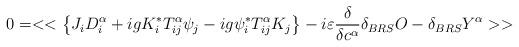
LaTeX: \begin{align*}0=<<\left\{ J_{i}D_{i}^{\alpha }+igK_{i}^{*}T^{\alpha }_{ij}\psi _{j}-ig\psi _{i}^{*}T^{\alpha }_{ij}K_{j}\right\} -i\varepsilon \frac{\delta }{\delta c^{\alpha }}\delta _{BRS}O-\delta _{BRS}Y^{\alpha }>>\end{align*}